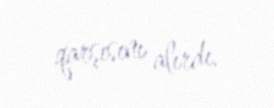
qarşısını alırdı.